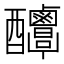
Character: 𨤌